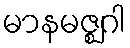
မာနမဇ္ဈဂါ